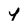
Character: l